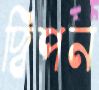
দ্বিপন